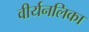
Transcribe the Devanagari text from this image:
वीर्यनलिका